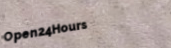
Open24Hours